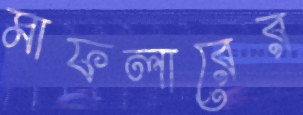
মাফলারের